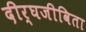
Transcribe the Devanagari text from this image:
दीर्घजीविता